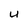
Character: U